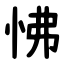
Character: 怫